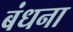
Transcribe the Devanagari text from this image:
बंधना